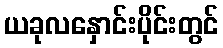
ယခုလနှောင်းပိုင်းတွင်